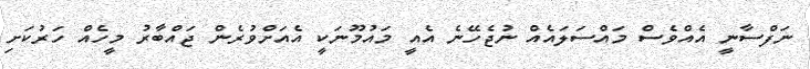
ނަފްސާނީ އެއްވެސް މައްސަލައެއް ނުޖެހޭނެ އެއީ މައުމޫނަކީ އެއަށްވުރެން ޖައްބާރު މީހެއް ހަރުކަށި